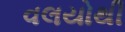
વલયોથી